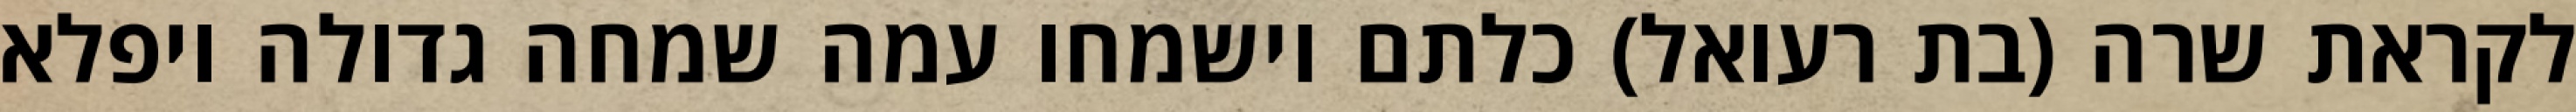
לקראת שרה (בת רעואל) כלתם וישמחו עמה שמחה גדולה ויפלא